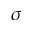
\sigma